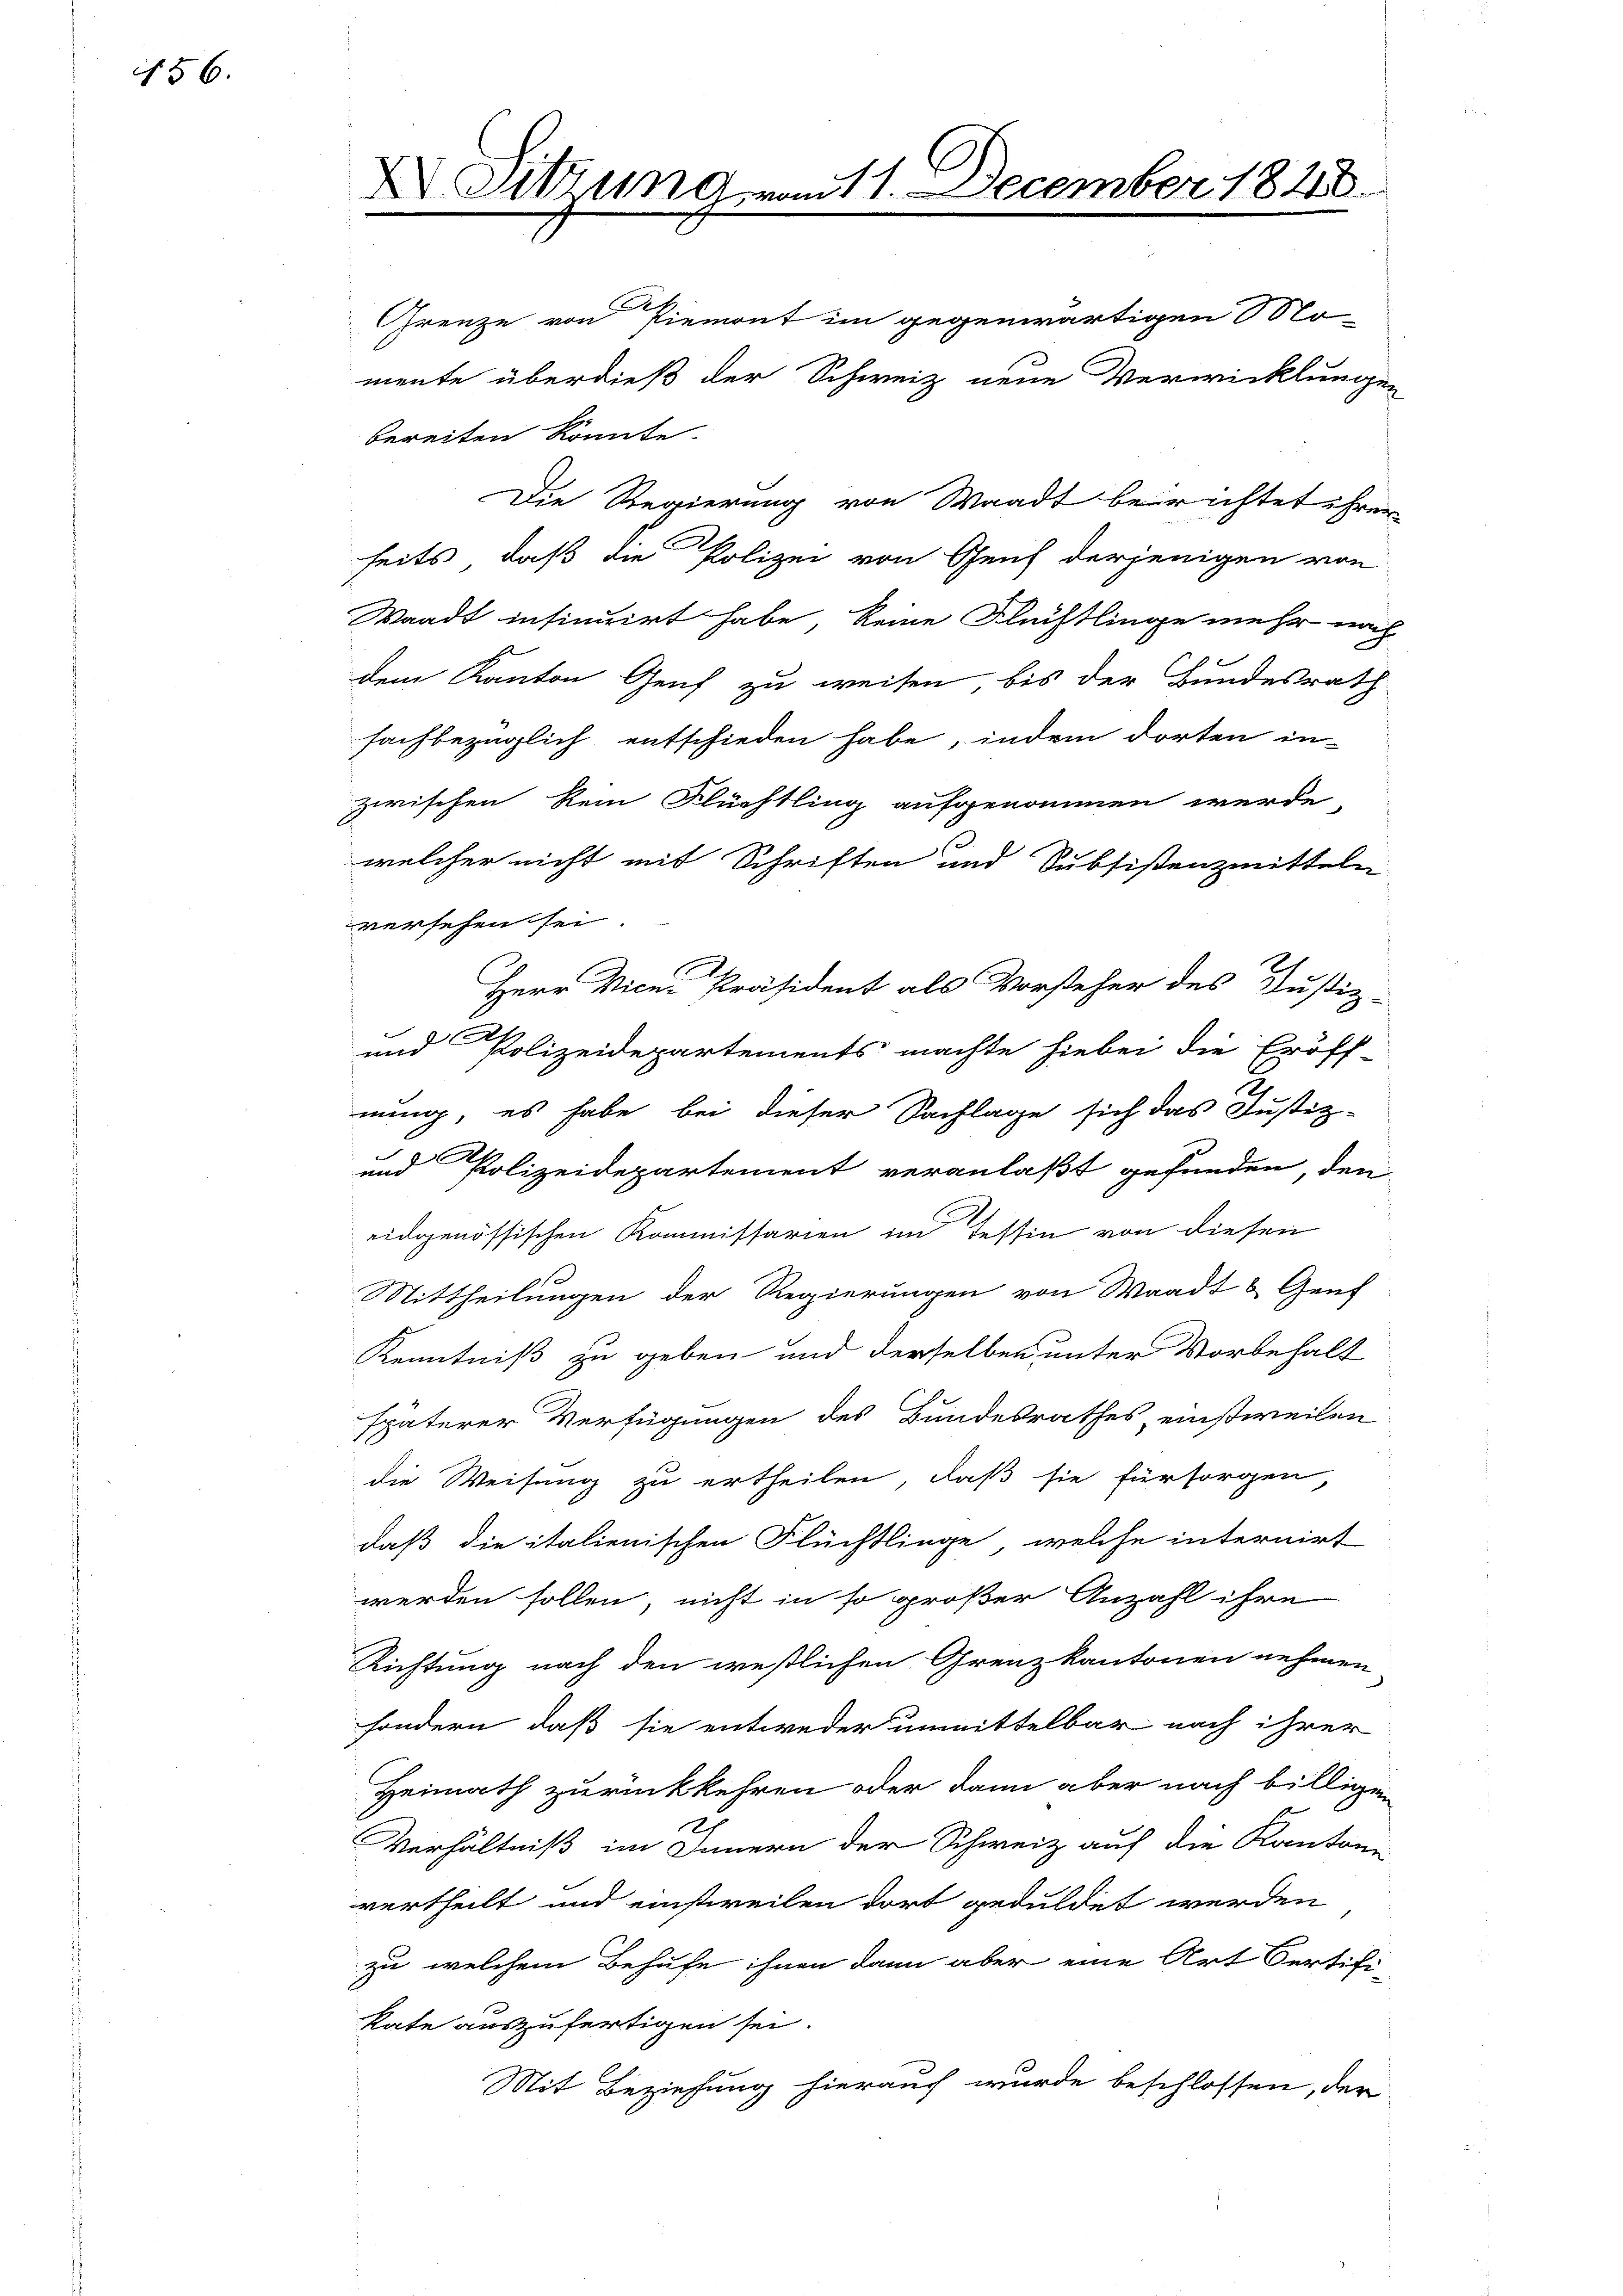
56.

Sitzung vom 11. December 1848.

Grenze von Piemont im gegenwärtigen Mo-
mente überdieß der Schweiz neue Verwicklungen
bereiten könnte.
Die Regierung von Waadt beirichtet ihren
heits, daß die Polizei von Geich derjenigen von
Waadt insinuirt habe, keine Flüchtlinge mehr nach
|
dem Kanton Genf zu weisen bis der Bundesrath
fachbezüglich entschieden habe, indem dorten in-
zwischen kein Flüchtling aufgenommen werde
welcher nicht mit Schriften und Subsistenzmitteln
versehen sei.
Herr Vice-Präsident als Vorsteher des Justiz-
und Polizeidepartements machte hiebei die Eröff-
C
nung, es habe bei dieser Sachlage sich das Justiz-
und Polizeidepartement veranlaßt gefunden, den
eidgenössischen Kommissarien im Tessin von diesen
Mittheilungen der Regierungen von Waadt & Gent
Kenntniß zu geben und derselben unter Vorbehalt
späterer Verfügungen des Bundesrathes, einstweilen
die Weisung zu ertheilen, daß sie fürsorgen,
daß die italienischen Flüchtlinge, welche internirt
werden sollen, nicht in so großer Anzahl ihre
Richtung nach den westlichen Grenzkantonen nehmen
sondern, daß sie entweder unmittelbar nach ihrer
Heimath zurückkehren oder dann aber nach billigen
Verhältniß im Innern der Schweiz auf die Kantone
vertheilt und einstweilen dort geduldet werden
zu welchem Behufe ihnen dann aber eine Art Oertifi-
Rate auszufertigen sei.
Mit Beziehung hierauf wurde beschlossen, der